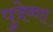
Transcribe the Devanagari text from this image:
पुत्रेष्णा